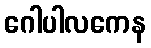
ဂေါပါလကေန